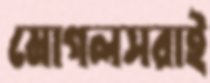
মোগলসরাই